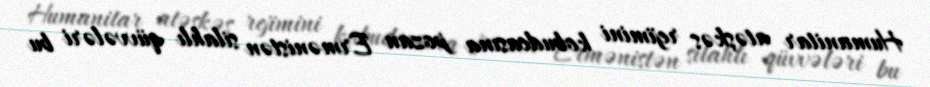
Humanitar atəşkəs rejimini kobudcasına pozan Ermənistən silahlı qüvvələri bu